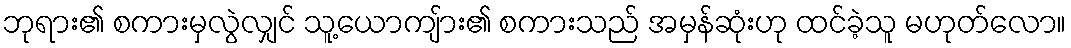
ဘုရား၏ စကားမှလွဲလျှင် သူ့ယောကျ်ား၏ စကားသည် အမှန်ဆုံးဟု ထင်ခဲ့သူ မဟုတ်လော။